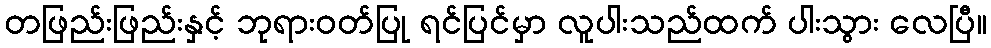
တဖြည်းဖြည်းနှင့် ဘုရားဝတ်ပြု ရင်ပြင်မှာ လူပါးသည်ထက် ပါးသွား လေပြီ။